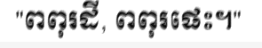
"ពពុរដី, ពពុរផេះ។"